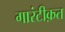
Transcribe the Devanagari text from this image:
गारंटीक़त